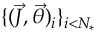
\{ ( \vec { J } , \vec { \theta } ) _ { i } \} _ { i < N _ { * } }